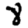
Digit: 8